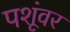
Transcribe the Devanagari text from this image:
पशूंवर